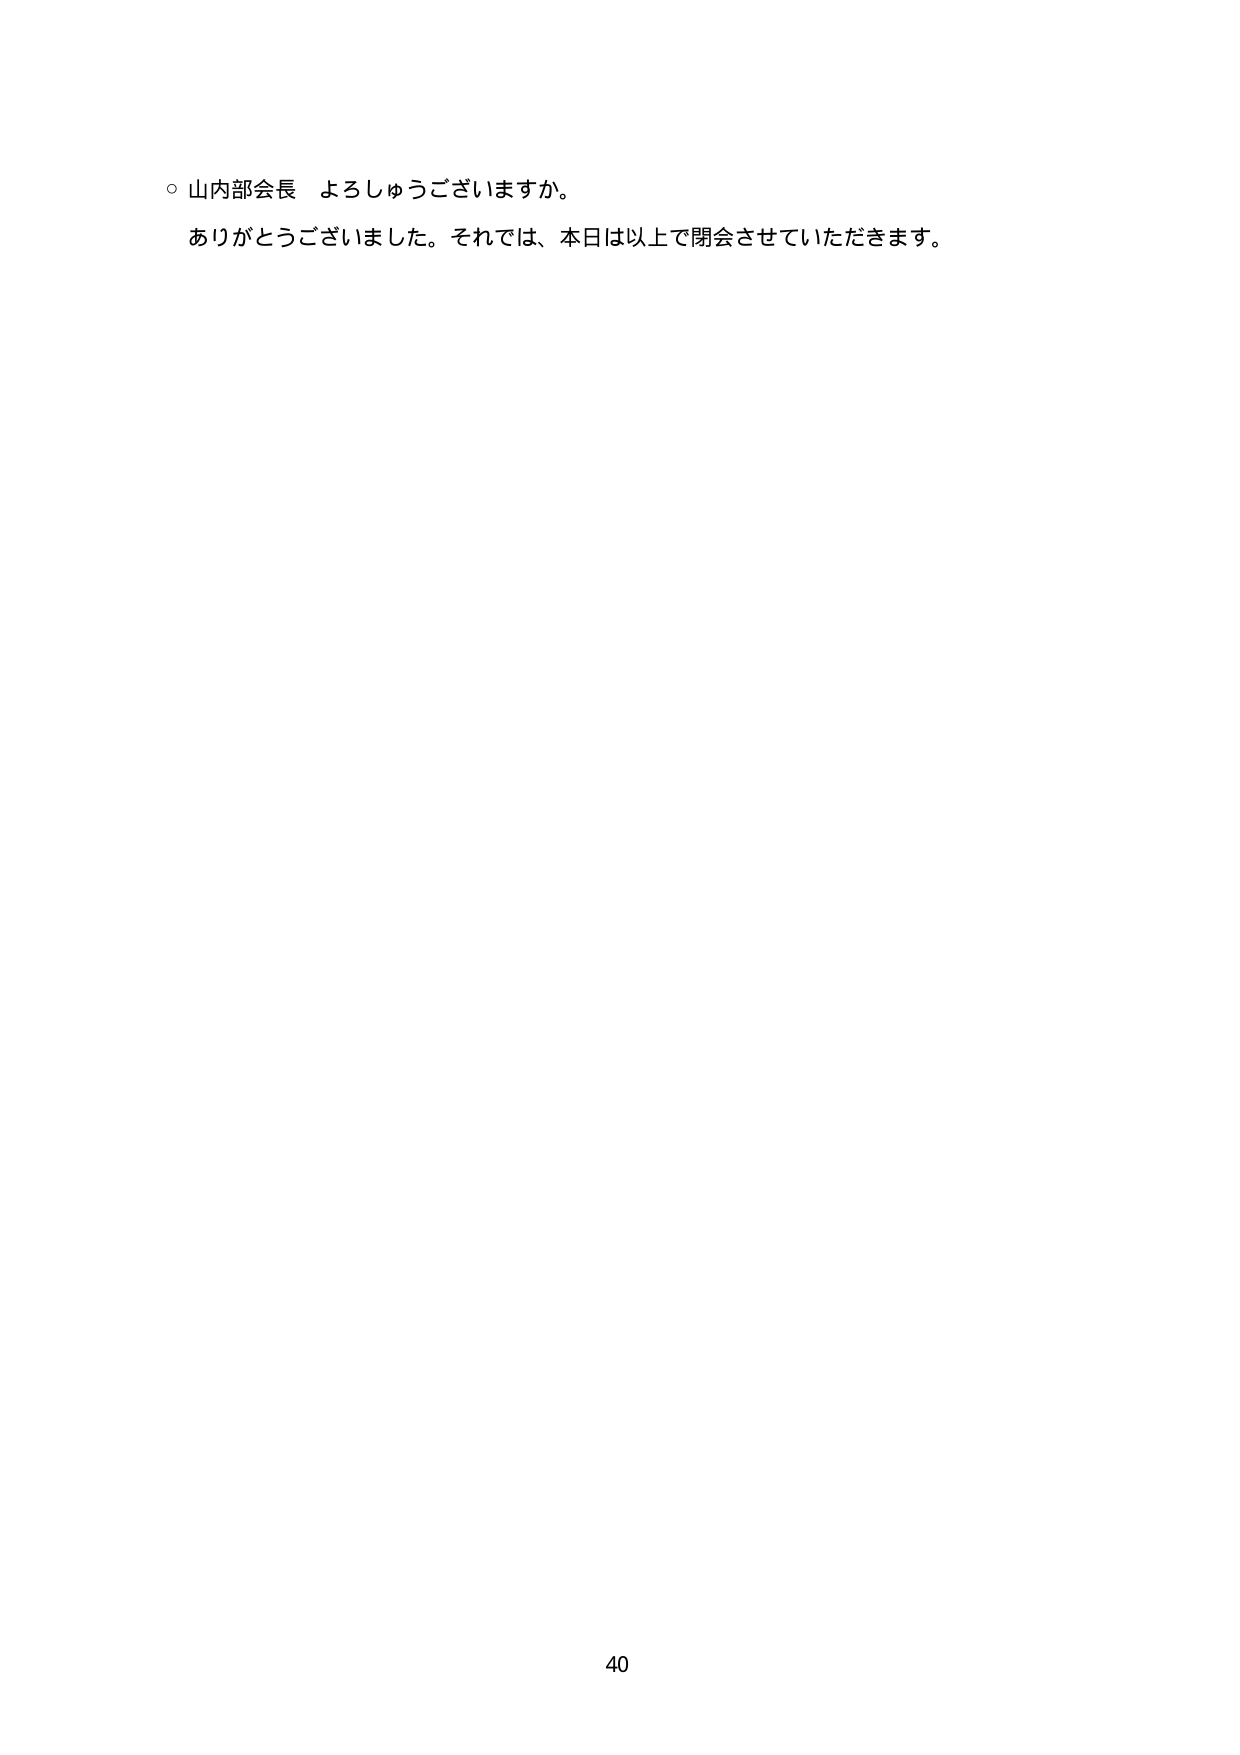
○ 山内部会長 よろしゅうございますか。
ありがとうございました。それでは、本日は以上で閉会させていただきます。
40